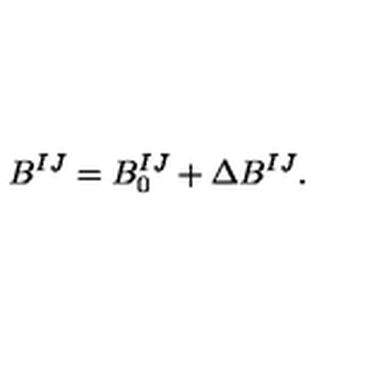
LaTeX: B ^ { I J } = B _ { 0 } ^ { I J } + \Delta B ^ { I J } .